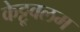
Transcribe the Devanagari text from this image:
केट्टूवलम